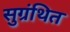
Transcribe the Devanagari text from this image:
सुग्रंथित